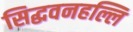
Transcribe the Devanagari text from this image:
सिद्धवनहल्लि